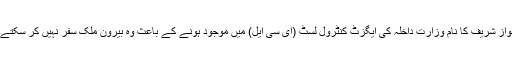
نواز شریف کا نام وزارتِ داخلہ کی ایگزٹ کنٹرول لسٹ (ای سی ایل) میں موجود ہونے کے باعث وہ بیرون ملک سفر نہیں کر سکتے۔